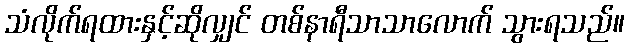
သံလိုက်ရထားနှင့်ဆိုလျှင် တစ်နာရီသာသာလောက် သွားရသည်။